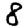
Digit: 8